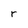
Character: r